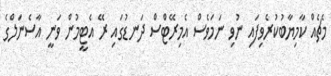
މެޗެއް ކާމިޔާބުކުރެވިފައި ނުވި ނަމަވެސް އެމިރޭޓްސް ދަނޑުގައި ރޭ އެޓީމުން ވަނީ އާސެނަލްގެ